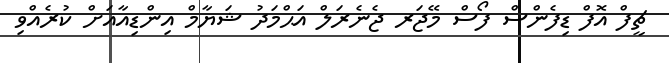
ޗީފް އޮފް ޑިފެންސް ފޯސް މޭޖަރ ޖެނެރަލް އަޙްމަދު ޝަޔާމް އިންޑިއާއަށް ކުރެއްވި